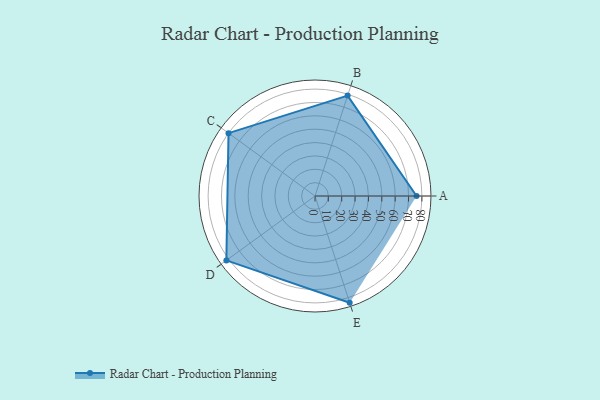
{"axis": {"x": "Skill", "y": "Score"}, "legend": ["Profile"], "data": [{"x": "A", "y": 76.0, "type": "Profile"}, {"x": "B", "y": 79.0, "type": "Profile"}, {"x": "C", "y": 80.0, "type": "Profile"}, {"x": "D", "y": 82.0, "type": "Profile"}, {"x": "E", "y": 84.0, "type": "Profile"}]}